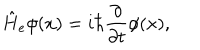
\hat { H } _ { e } \phi ( x ) = i \hbar \frac { \partial } { \partial t } \phi ( x ) ,